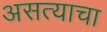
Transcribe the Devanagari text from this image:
असत्याचा